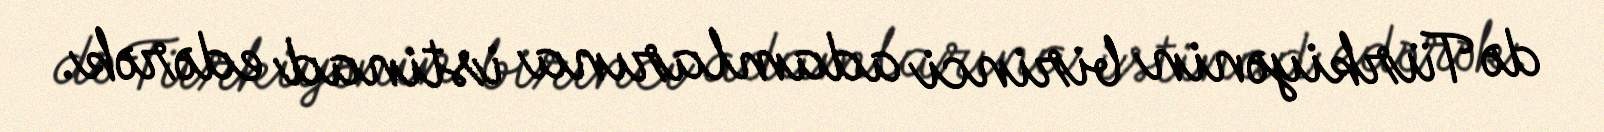
də Türkiyənin birinci adamlarına istinad edərək.